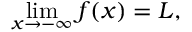
\operatorname* { l i m } _ { x \to - \infty } f ( x ) = L ,